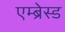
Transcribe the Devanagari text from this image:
एम्ब्रेस्ड